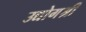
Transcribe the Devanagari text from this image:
उद्योगश्री